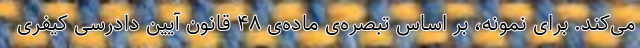
می‌کند. برای نمونه، بر اساس تبصره‌ی ماده‌ی ۴۸ قانون آیین دادرسی کیفری